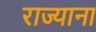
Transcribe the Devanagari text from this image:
राज्याना